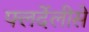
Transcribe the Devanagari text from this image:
फ्लर्देलीसे